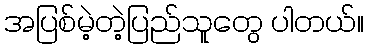
အပြစ်မဲ့တဲ့ပြည်သူတွေ ပါတယ်။